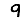
Digit: 9